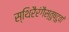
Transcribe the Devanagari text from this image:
स्थिरैरंगैस्तुष्टुवां